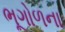
ભૂગોળના